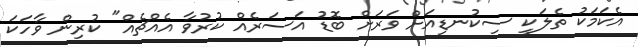
އެކަމަކު ތެލަކީ ސިކުނޑިއަށް ވަރަށް ބޮޑު އަސަރެއް ކުރުވާ އެއްޗެއް" ކުރިން ވާހަކަ